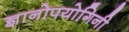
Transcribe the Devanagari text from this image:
ज्ञानोपयोगिनी